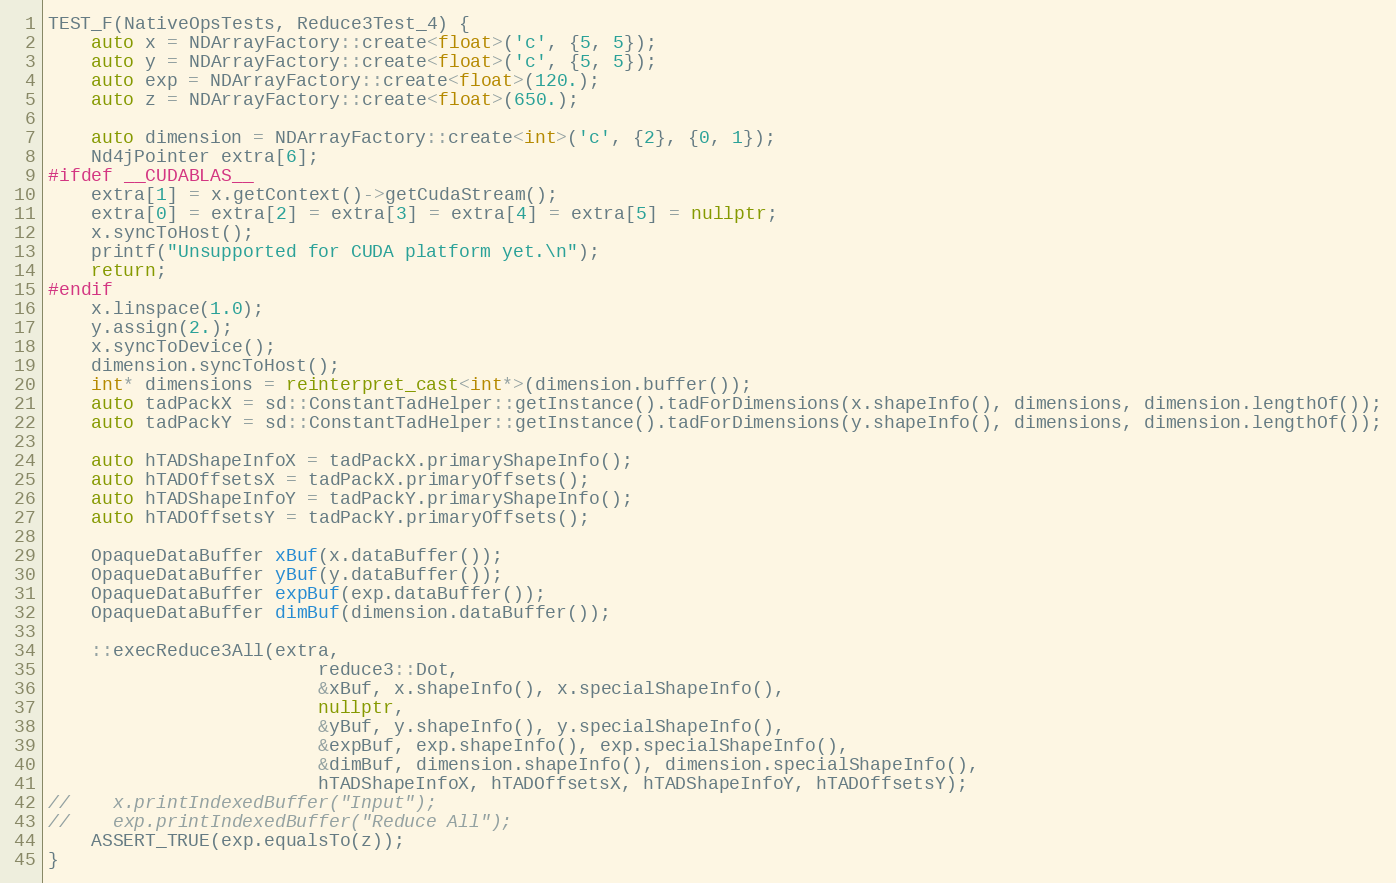
Language: C++
TEST_F(NativeOpsTests, Reduce3Test_4) {
    auto x = NDArrayFactory::create<float>('c', {5, 5});
    auto y = NDArrayFactory::create<float>('c', {5, 5});
    auto exp = NDArrayFactory::create<float>(120.);
    auto z = NDArrayFactory::create<float>(650.);

    auto dimension = NDArrayFactory::create<int>('c', {2}, {0, 1});
    Nd4jPointer extra[6];
#ifdef __CUDABLAS__
    extra[1] = x.getContext()->getCudaStream();
    extra[0] = extra[2] = extra[3] = extra[4] = extra[5] = nullptr;
    x.syncToHost();
    printf("Unsupported for CUDA platform yet.\n");
    return;
#endif
    x.linspace(1.0);
    y.assign(2.);
    x.syncToDevice();
    dimension.syncToHost();
    int* dimensions = reinterpret_cast<int*>(dimension.buffer());
    auto tadPackX = sd::ConstantTadHelper::getInstance().tadForDimensions(x.shapeInfo(), dimensions, dimension.lengthOf());
    auto tadPackY = sd::ConstantTadHelper::getInstance().tadForDimensions(y.shapeInfo(), dimensions, dimension.lengthOf());

    auto hTADShapeInfoX = tadPackX.primaryShapeInfo();
    auto hTADOffsetsX = tadPackX.primaryOffsets();
    auto hTADShapeInfoY = tadPackY.primaryShapeInfo();
    auto hTADOffsetsY = tadPackY.primaryOffsets();

    OpaqueDataBuffer xBuf(x.dataBuffer());
    OpaqueDataBuffer yBuf(y.dataBuffer());
    OpaqueDataBuffer expBuf(exp.dataBuffer());
    OpaqueDataBuffer dimBuf(dimension.dataBuffer());

    ::execReduce3All(extra,
                         reduce3::Dot,
                         &xBuf, x.shapeInfo(), x.specialShapeInfo(),
                         nullptr,
                         &yBuf, y.shapeInfo(), y.specialShapeInfo(),
                         &expBuf, exp.shapeInfo(), exp.specialShapeInfo(),
                         &dimBuf, dimension.shapeInfo(), dimension.specialShapeInfo(),
                         hTADShapeInfoX, hTADOffsetsX, hTADShapeInfoY, hTADOffsetsY);
//    x.printIndexedBuffer("Input");
//    exp.printIndexedBuffer("Reduce All");
    ASSERT_TRUE(exp.equalsTo(z));
}